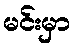
မင်းမှာ